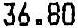
36.80